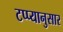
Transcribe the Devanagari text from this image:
टप्प्यानुसार